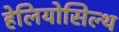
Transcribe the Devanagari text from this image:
हेलियोसिल्थ